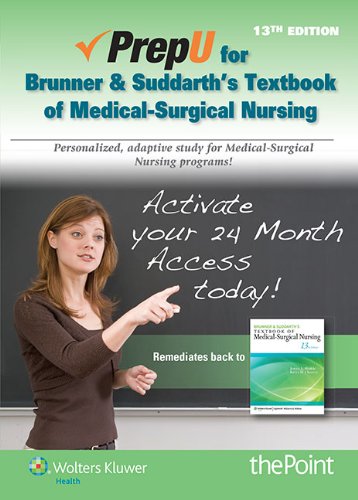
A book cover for PrepU for Hinkle's Brunner & Suddarth's Textbook for Medical Surgical Nursing; Janice L. Hinkle PhD  RN  CNRN; Medical Books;